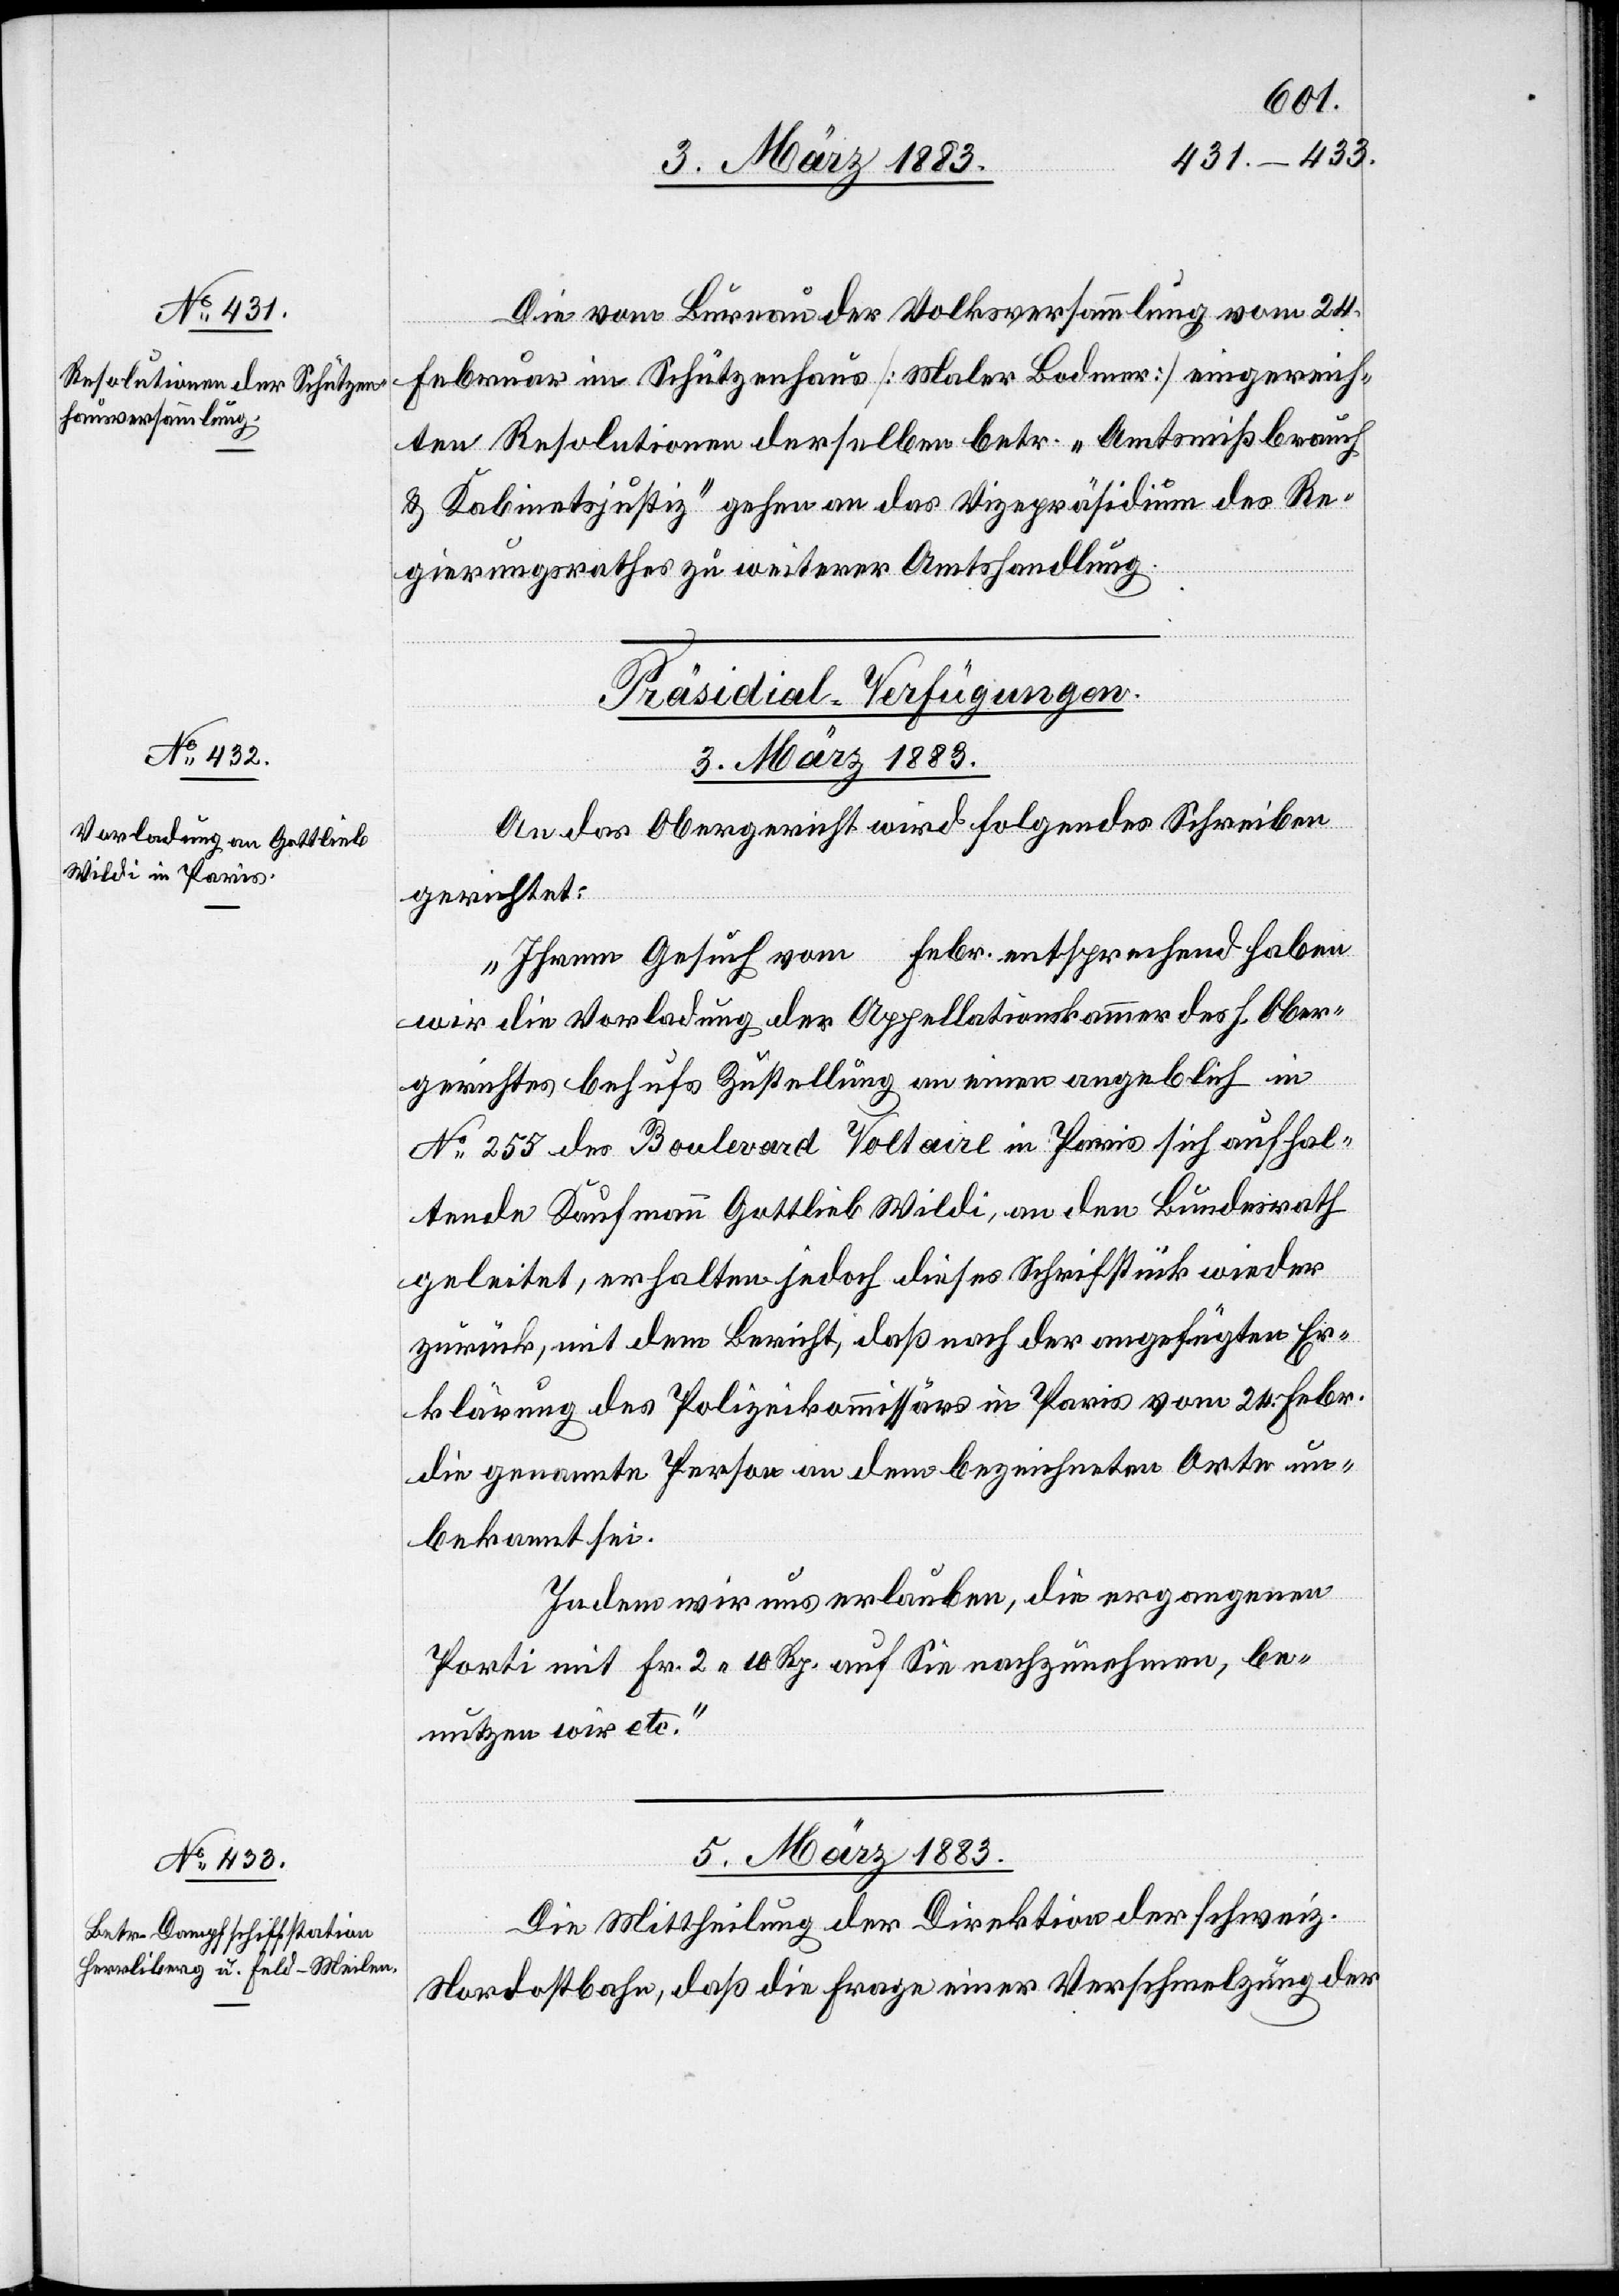
Die vom Bureau der Volksversammlung vom 24.
Februar im Schützenhaus [Maler Bodmer] eingereich¬
ten Resolutionen derselben betr. „Amtsmißbrauch
& Kabinetsjustiz“ gehen an das Vizepräsidium des Re¬
gierungsrathes zu weiterer Amtshandlung.
[Präsidial-Verfügungen.]
3. März 1883.
An das Obergericht wird folgendes Schreiben
gerichtet:
„Ihrem Gesuch vom … Febr. entsprechend haben
wir die Vorladung der Appellationskammer des h. Ober¬
gerichtes behufs Zustellung an einen angeblich in
No 255 des Boulevard Voltaire in Paris sich aufhal¬
tende[n] Kaufmann Gottlieb Wildi, an den Bundesrath
geleitet, erhalten jedoch dieses Schriftstück wieder
zurück, mit dem Bericht, daß nach der angefügten Er¬
klärung des Polizeikommissärs in Paris vom 24. Febr.
die genannte Person an dem bezeichneten Orte un¬
bekannt sei.
Indem wir uns erlauben, die ergangenen
Porti mit Fr. 2 10 Rp. auf Sie nachzunehmen, be¬
nutzen wir etc.“
5. März 1883.
Die Mittheilung der Direktion der schweiz.
Nordostbahn, daß die Frage einer Verschmelzung der